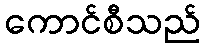
ကောင်စီသည်